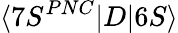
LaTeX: \langle 7S^{PNC}|D|6S\rangle